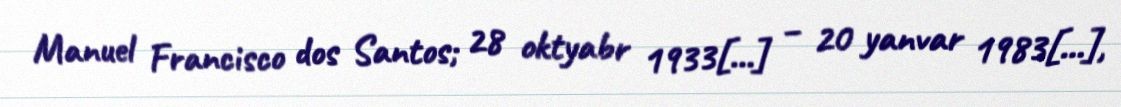
Manuel Francisco dos Santos; 28 oktyabr 1933[…] – 20 yanvar 1983[…],